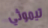
تيموثي